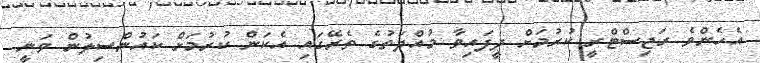
އެހެންވެ ރަޖިސްޓްރީ ކުރުމަށް ދީފައިވާ މުއްދަތުގެ ތެރޭގައި އެކަން ކުރުމަށް ކައުންސިލުން ވަނީ